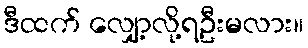
ဒီထက် လျှော့လို့ရဦးမလား။